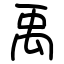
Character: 禹